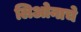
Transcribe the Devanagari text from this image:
लिओनाचे